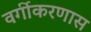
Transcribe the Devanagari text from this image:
वर्गीकरणास